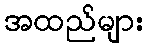
အထည်များ